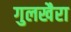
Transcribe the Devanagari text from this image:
गुलखैरा